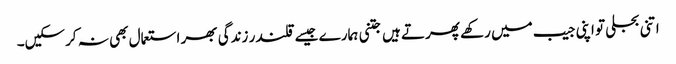
اتنی بجلی تو اپنی جیب میں رکھے پھرتے ہیں جتنی ہمارے جیسے قلندر زندگی بھر استعمال بھی نہ کرسکیں۔